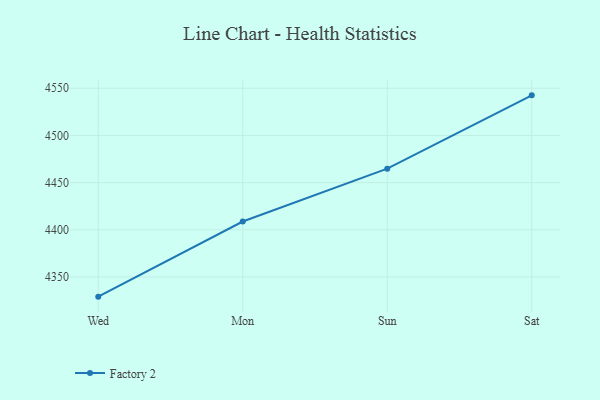
{"axis": {"x": "Day", "y": "Active Users"}, "legend": ["Factory 2"], "data": [{"x": "Wed", "y": 4329.2, "type": "Factory 2"}, {"x": "Mon", "y": 4408.8, "type": "Factory 2"}, {"x": "Sun", "y": 4464.8, "type": "Factory 2"}, {"x": "Sat", "y": 4542.5, "type": "Factory 2"}]}